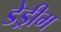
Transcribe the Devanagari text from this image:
डेड्रीम